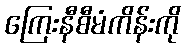
ကြေးနီစီမံကိန်းကို